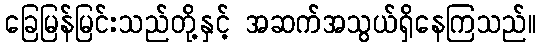
ခြေမြန်မြင်းသည်တို့နှင့် အဆက်အသွယ်ရှိနေကြသည်။